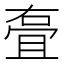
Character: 𭈸